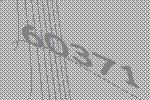
60371